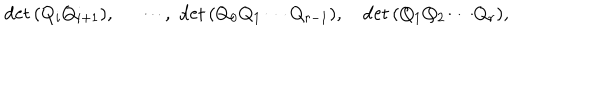
\quad \mathrm { d e t } \, ( Q _ { i } Q _ { i + 1 } ) , \quad \, \, \cdots , \, \, \mathrm { d e t } \, ( Q _ { 0 } Q _ { 1 } \cdots Q _ { r - 1 } ) , \quad \mathrm { d e t } \, ( Q _ { 1 } Q _ { 2 } \cdots Q _ { r } ) ,